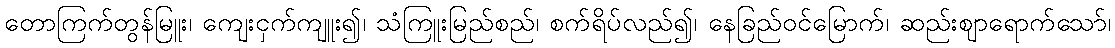
တောကြက်တွန်မြူး၊ ကျေးငှက်ကျူး၍၊ သံကြူးမြည်စည်၊ စက်ရိပ်လည်၍၊ နေခြည်ဝင်မြောက်၊ ဆည်းဈာရောက်သော်၊